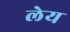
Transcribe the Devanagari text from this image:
लेय